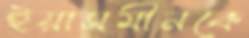
ইয়াসমীনকে